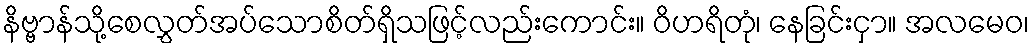
နိဗ္ဗာန်သို့စေလွှတ်အပ်သောစိတ်ရှိသဖြင့်လည်းကောင်း။ ဝိဟရိတုံ၊ နေခြင်းငှာ။ အလမေဝ၊